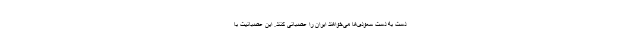
دست به دست سعودی‌ها می‌خواهند ایران را عصبانی کنند. این عصبانیت با